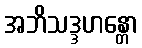
အဘိသဒ္ဒဟန္တော